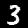
Label: 3